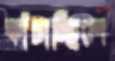
কাঁচাচ্ছিলে